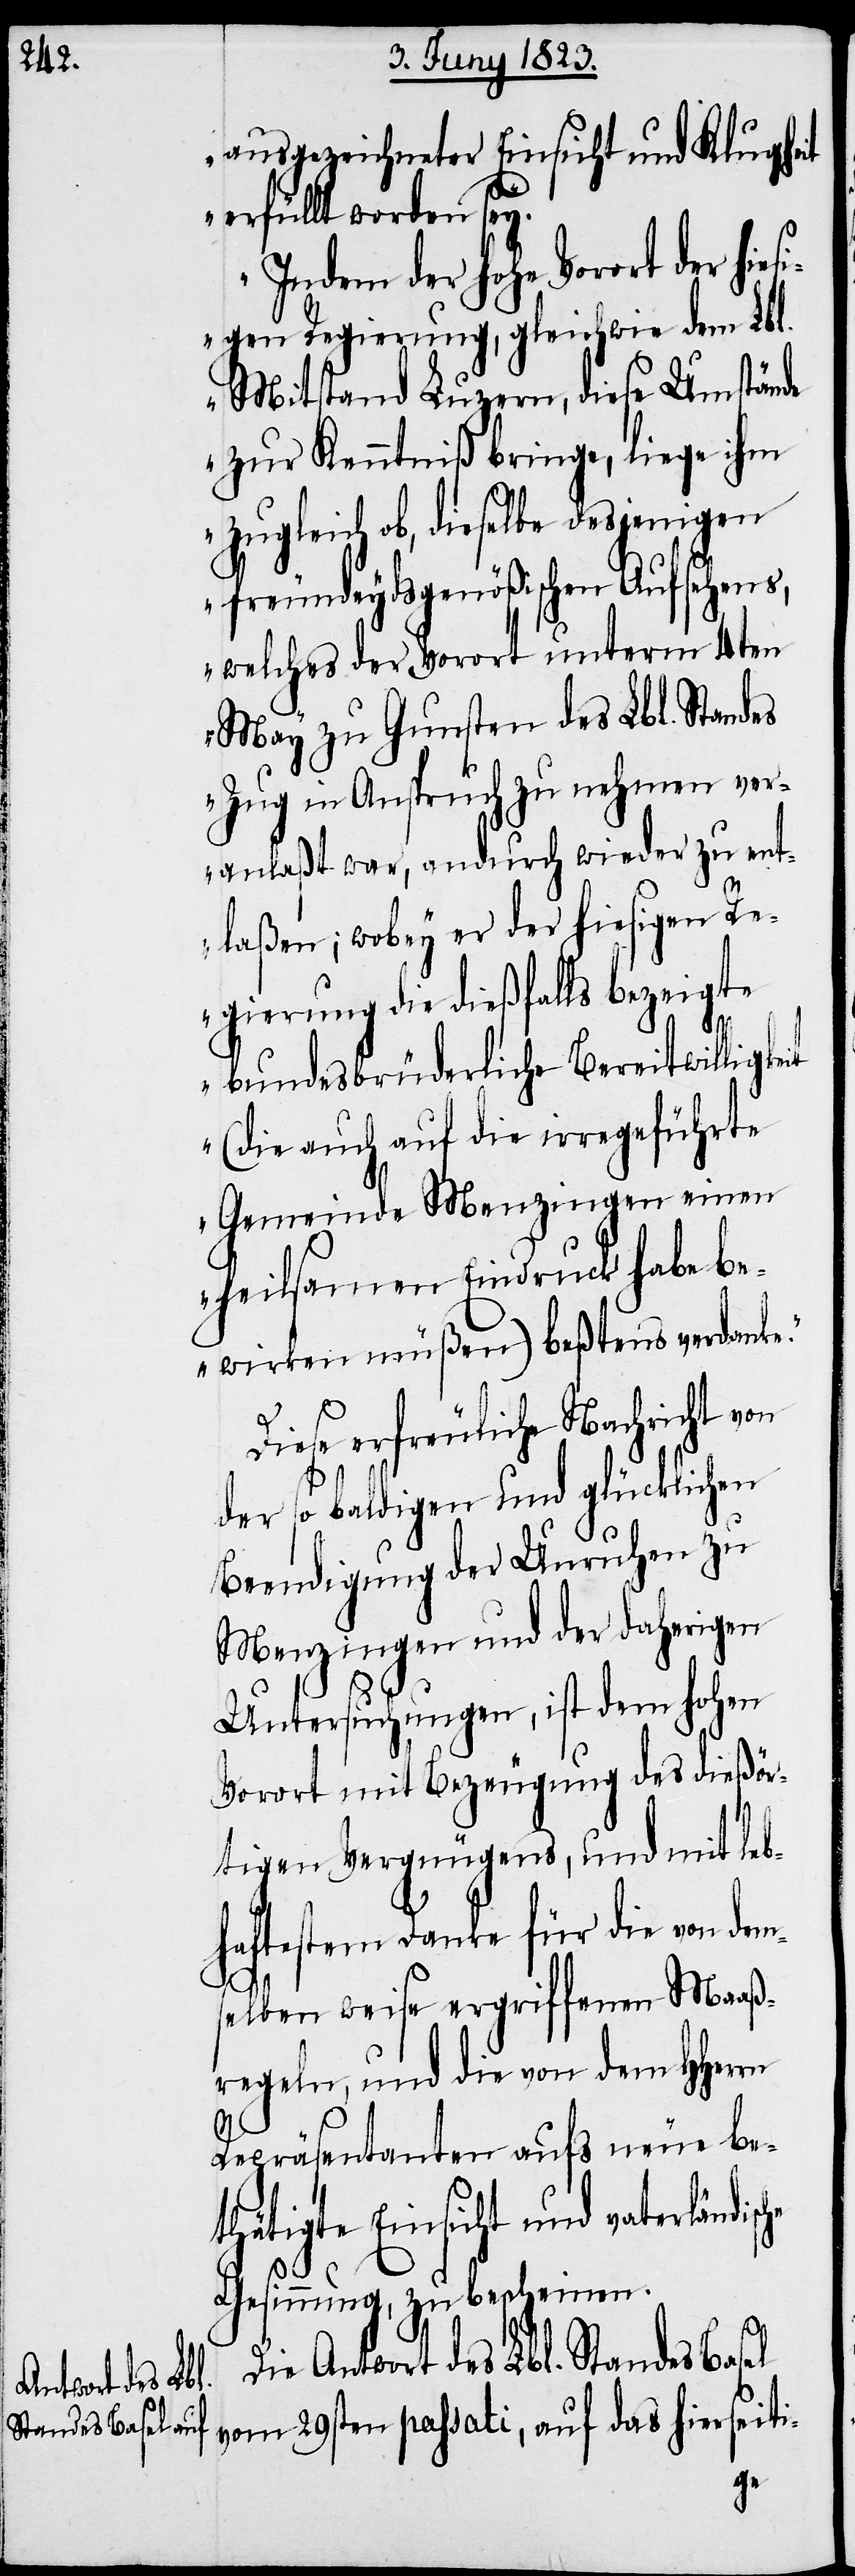
ausgezeichneter Einsicht und Klugheit
erfüllt worden sey.
Indem der hohe Vorort der hies¬
igen Regierung, gleichwie dem Lbl.
Mitstand Luzern, diese Umstände
zur Kenntniß bringe, liege ihm
zugleich ob, dieselbe desjenigen
freundeydsgenößischen Aufsehens,
welches der Vorort unterm 4ten
May zu Gunsten des Lbl. Standes
Zug in Anspruch zu nehmen ver¬
anlaßt war, andurch wieder zu ent¬
laßen; wobey er der hiesigen Re¬
gierung die dießfalls bezeigte
bundesbrüderliche Bereitwilligkeit
(die auch auf die irregeführte
Gemeinde Menzingen einen
heilsamen Eindruck habe be¬
wirken müßen) beßtens verdanke.“
Diese erfreuliche Nachricht von
der so baldigen und glücklichen
Beendigung der Unruhen zu
Menzingen und der daherigen
Untersuchungen, ist dem hohen
Vorort mit Bezeugung des dießör¬
tigen Vergnügens, und mit leb¬
haftestem Danke für die von dem¬
selben weise ergriffenen Maaß¬
regeln, und die von dem HHerrn
Repräsentanten aufs neue be¬
thätigte Einsicht und vaterländisc¬
he
Gesinnung, zu bescheinen.
Die Antwort des Lbl. Standes Basel
vom 29sten passati, auf das hierseiti-